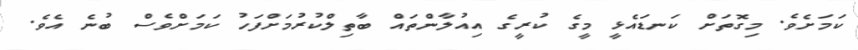
ކަމަށެވެ. މިގޮތަށް ކަނޑައެޅީ މީގެ ކުރީގެ އިއުލާންތައް ބާތިލްކުރުމަށްފަހު ކަމަށްވެސް ބުނެ އެވެ.